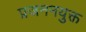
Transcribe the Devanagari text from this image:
प्रजननयुक्त